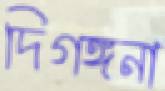
দিগঙ্গনা